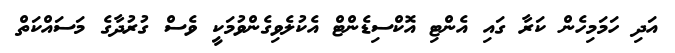
އަދި ހަމަމިހެން ކަރާ ގައި އެންޓި އޮކްސިޑެންޓް އެކުލެވިގެންވުމަކީ ވެސް ގުރުދާގެ މަސައްކަތް